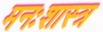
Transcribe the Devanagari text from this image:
मनःशास्त्र